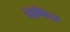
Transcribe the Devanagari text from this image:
मेम्फिज़